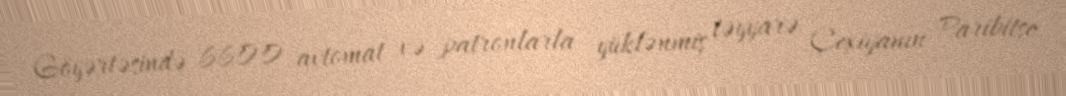
Göyərtəsində 6600 avtomat və patronlarla yüklənmiş təyyarə Çexiyanın Paribitse